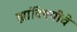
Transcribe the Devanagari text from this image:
ह्यांविषयीचे